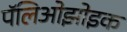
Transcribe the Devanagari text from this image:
पॅलिओझोइक